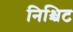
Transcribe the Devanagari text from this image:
निश्चिट